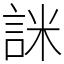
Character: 詸